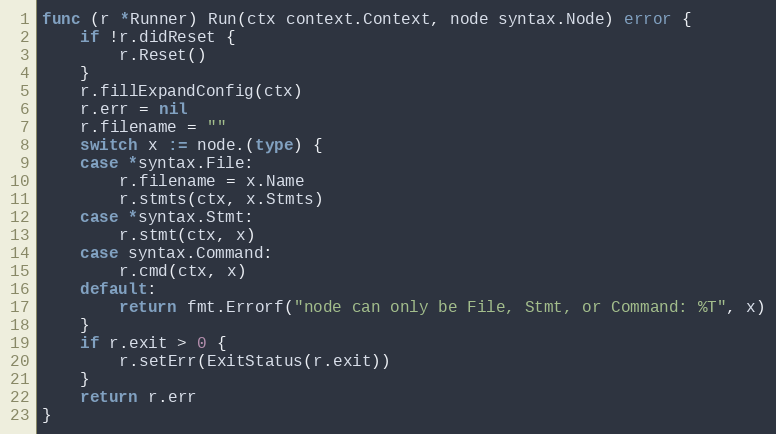
Language: Go
func (r *Runner) Run(ctx context.Context, node syntax.Node) error {
	if !r.didReset {
		r.Reset()
	}
	r.fillExpandConfig(ctx)
	r.err = nil
	r.filename = ""
	switch x := node.(type) {
	case *syntax.File:
		r.filename = x.Name
		r.stmts(ctx, x.Stmts)
	case *syntax.Stmt:
		r.stmt(ctx, x)
	case syntax.Command:
		r.cmd(ctx, x)
	default:
		return fmt.Errorf("node can only be File, Stmt, or Command: %T", x)
	}
	if r.exit > 0 {
		r.setErr(ExitStatus(r.exit))
	}
	return r.err
}